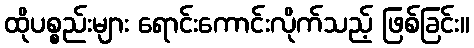
ထိုပစ္စည်းများ ရောင်းကောင်းလိုက်သည့် ဖြစ်ခြင်း။